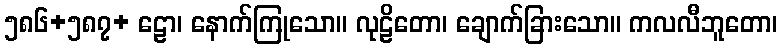
၅၈၆+၅၈၇+ ဠော၊ နောက်ကြုသော။ လုဠိတော၊ ချောက်ခြားသော။ ကလလီဘူတော၊